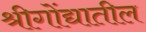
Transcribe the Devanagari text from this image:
श्रीगोंद्यातील